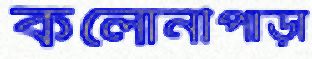
কলোনীপাড়া